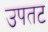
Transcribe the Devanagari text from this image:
उपतट